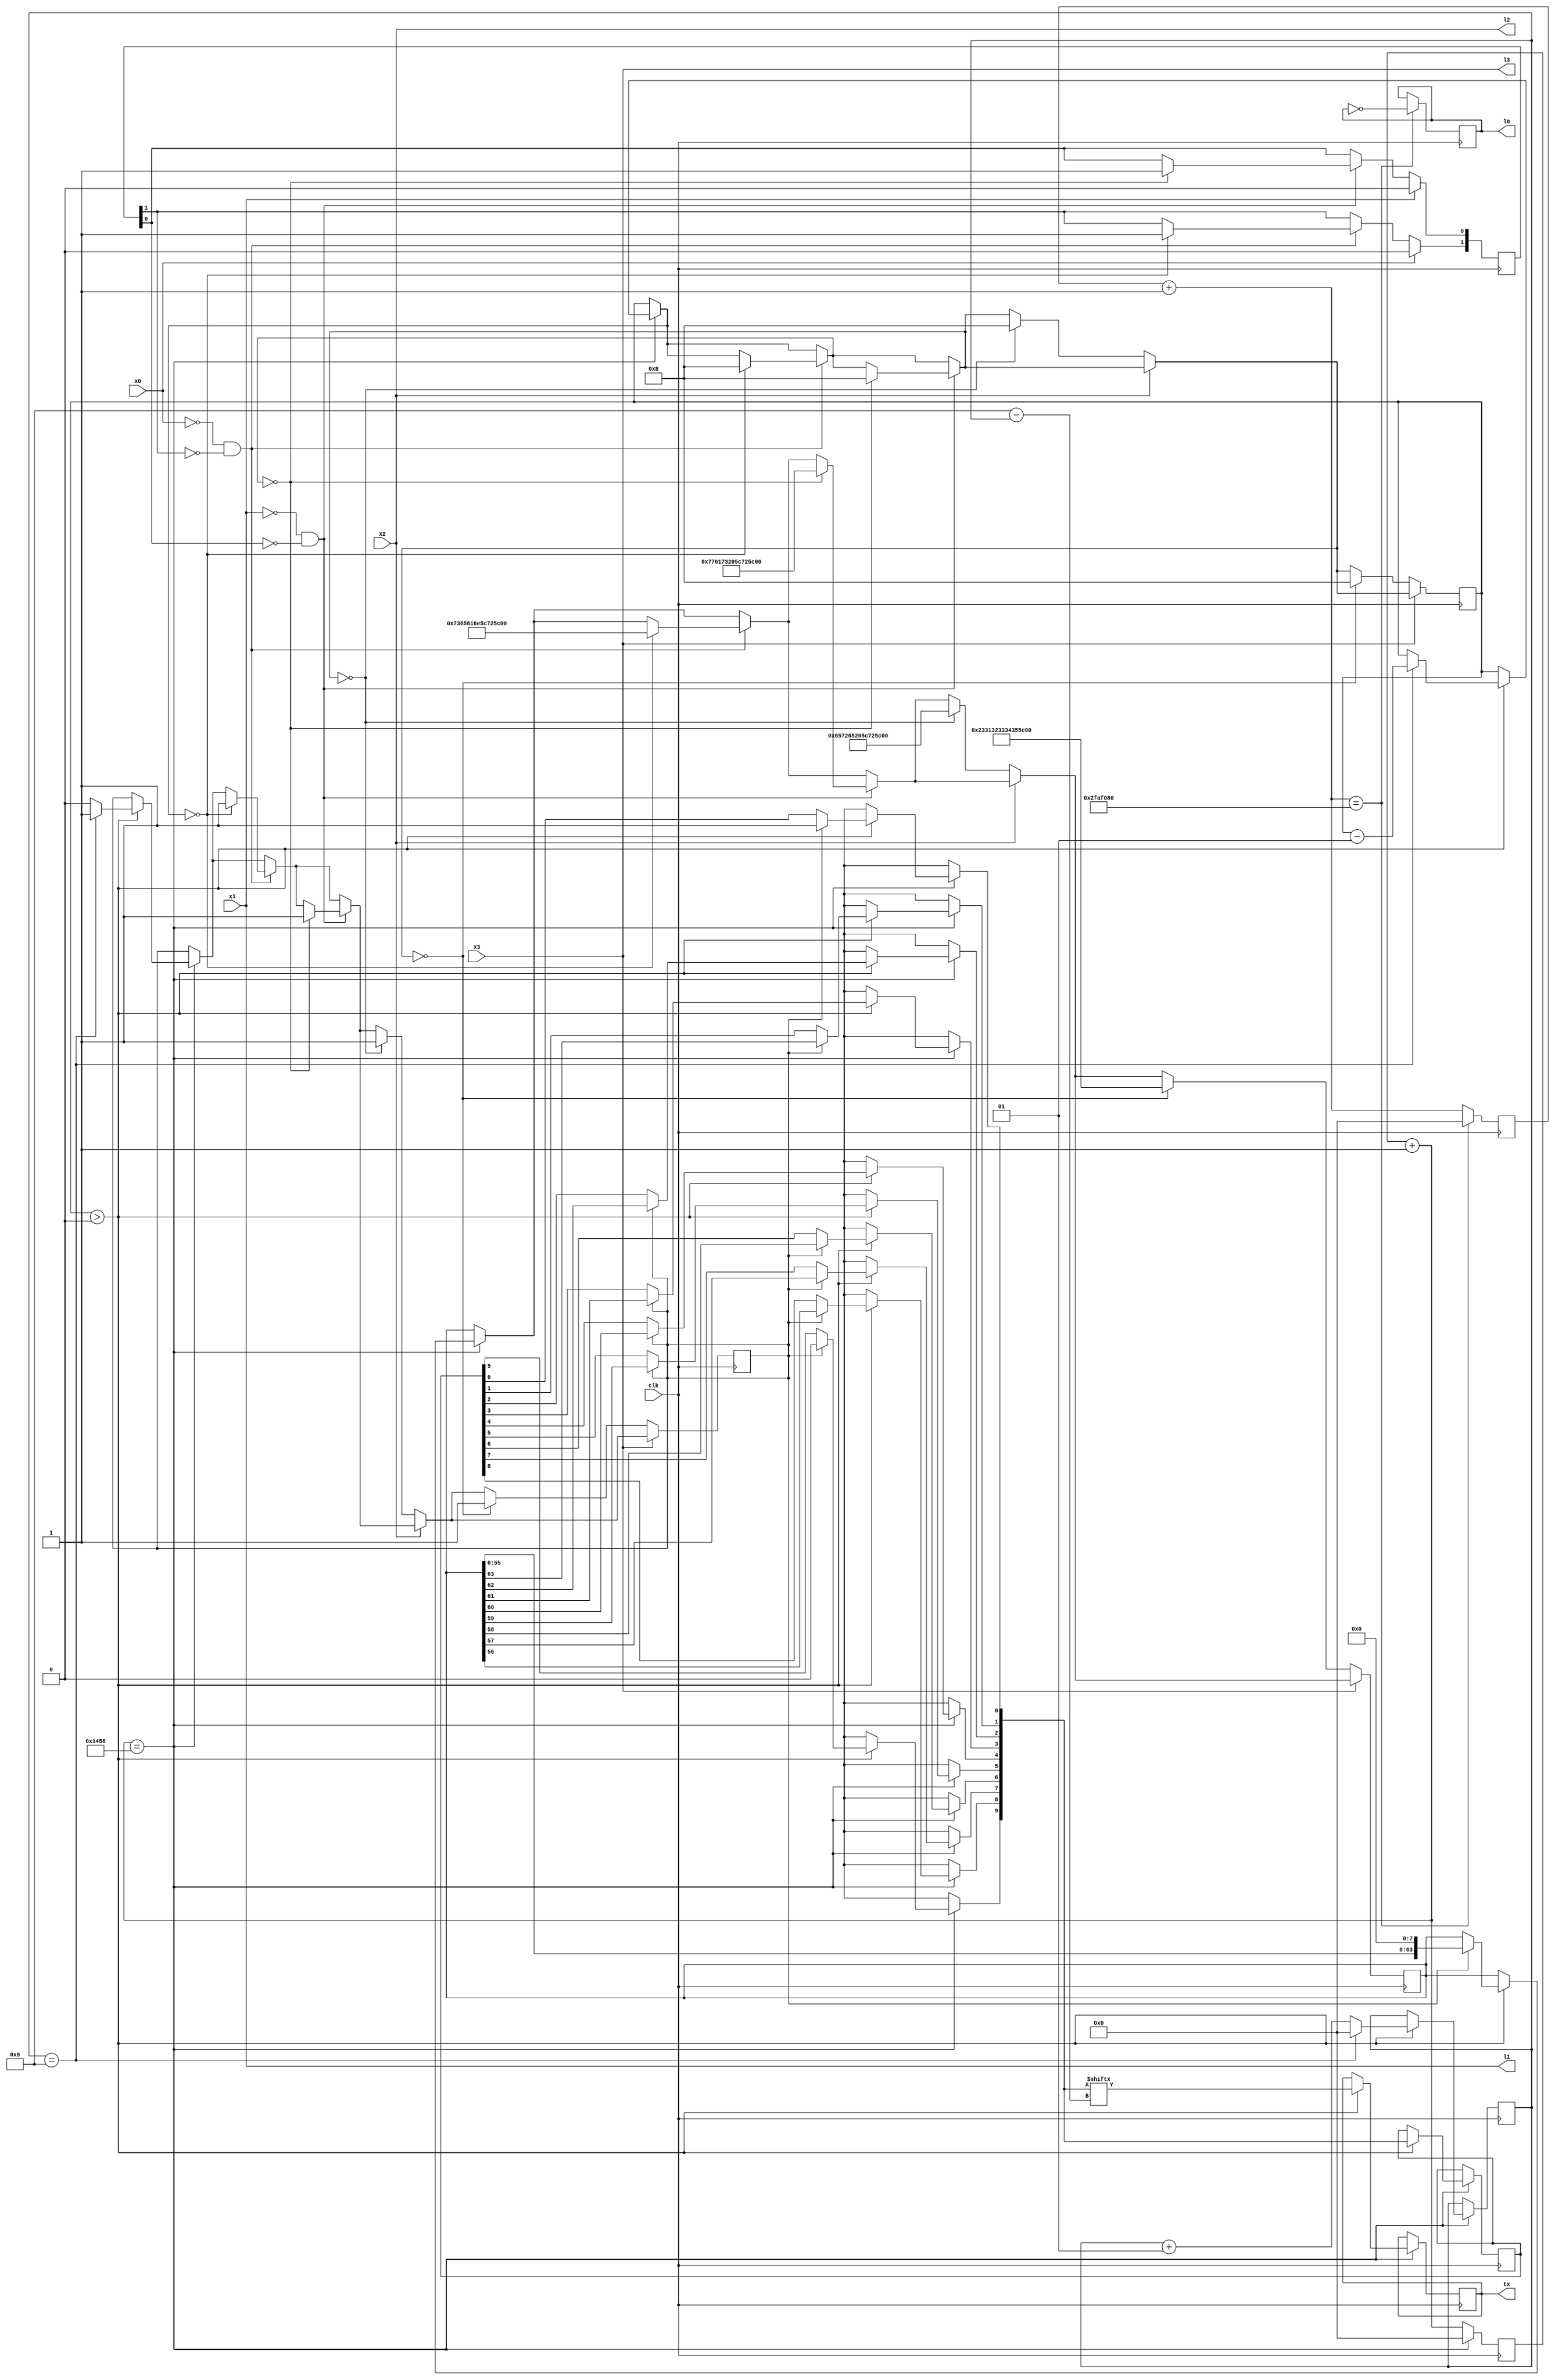
module UART_TX (
		input clk, x0, x1, x2, x3,
		output l0, l1, l2, l3, tx
	); 
	
	reg [0:0] tx_data; // the bit being sent
	reg [0:31] ctr_led; // used to flash the led
	reg [0:31] ctr_tx; // used to synchronise the UART TX output
	reg [0:0] b = 0; // whetehr the LED is on of off

	integer i = 0;
	reg [0:7] tmp;
	reg [0:63] s; // the text to send through serial
	integer strLen = 0;	// a variable to track how many letters in the string to send
	reg [0:9] next; // the enxt charatcer to send, unclused stop and start bits
	reg [0:0] getNext = 0; // whether there are more chars to send
	integer idx = 0; // used as index for getting bits
	
	reg [0:3] buttonDisabled; // ensures button triggered only once when pressed
	
	assign {l0} = {b}; // led is on/off depending on b
	assign {l1, l2, l3} = {x1, x2, x3}; // other leds show when buttons are pressed
	assign tx = tx_data; // assigned to pin 114 (UART TX pin)
	
	always @ (posedge clk) begin
				
		ctr_led = ctr_led + 1;
		if(ctr_led == 50000000) begin
			ctr_led = 0;
			b = !b;  // 1 on or off per second so I know its' working
		end
		
		ctr_tx = ctr_tx +1;
		if(ctr_tx == 5208) begin  //9600 BAUD = 50000000 / 5208
			ctr_tx = 0;					
		
			if(strLen > 0) begin
										
				if(getNext == 1) begin
					getNext = 0;
					next[0] = 1'b0;
					tmp = s[0:7];
					for (i=0; i<8; i=i+1) next[1+i] = tmp[7-i]; // reverse the ascii bits
					
					next[9] = 1'b1;
					
					s = s << 8; // shift string left 8 bits so next character will get cached into 'next'
				end
				
				tx_data = next[idx];
				
				if (idx == 9) begin					
					if(strLen > 0) begin
						idx = 0; 
						getNext = 1;
						strLen = strLen - 1;
					end					
				end				
				else begin
					idx = idx + 1;
				end
			end		
			
		end
		
		if(x0 == 0 && buttonDisabled[0] == 0) begin
			if(strLen == 0) begin
				buttonDisabled[0] = 1;
				s = "sean\r\n"; // sting to send when button 0 pressed
				getNext = 1;				
				strLen = 8;
			end
		end
		if(x0 == 1) begin
			buttonDisabled[0] = 0;
		end
				
		if(x1 == 0 && buttonDisabled[1] == 0) begin
			if(strLen == 0) begin
				buttonDisabled[1] = 1;
				s = "was \r\n"; // sting to send when button 1 pressed
				getNext = 1;				
				strLen = 8;
			end			
		end
		if(x1 == 1) begin
			buttonDisabled[1] = 0;
		end
		
		if(x2 == 0) begin
			if(strLen == 0) begin
				s = "ere \r\n"; // sting to send when button 2 pressed
				getNext = 1;				
				strLen = 8;
			end			
		end
		
		if(x3 == 0) begin
			if(strLen == 0) begin
				s = "#12345\n"; // sting to send when button 3 pressed
				getNext = 1;				
				strLen = 8;
			end			
		end
	end
	
endmodule